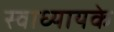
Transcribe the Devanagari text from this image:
स्‍वाध्‍यायके